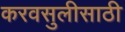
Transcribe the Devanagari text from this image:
करवसुलीसाठी